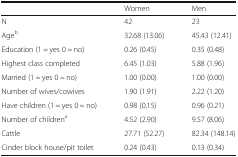
<table><thead><tr><td></td><td><b>Women</b></td><td><b>Men</b></td></tr></thead><tbody><tr><td>N</td><td>42</td><td>23</td></tr><tr><td>Age<sup>b</sup></td><td>32.68 (13.06)</td><td>45.43 (12.41)</td></tr><tr><td>Education (1 = yes 0 = no)</td><td>0.26 (0.45)</td><td>0.35 (0.48)</td></tr><tr><td>Highest class completed</td><td>6.45 (1.03)</td><td>5.88 (1.96)</td></tr><tr><td>Married (1 = yes 0 = no)</td><td>1.00 (0.00)</td><td>1.00 (0.00)</td></tr><tr><td>Number of wives/cowives</td><td>1.90 (1.91)</td><td>2.22 (1.20)</td></tr><tr><td>Have children (1 = yes 0 = no)</td><td>0.98 (0.15)</td><td>0.96 (0.21)</td></tr><tr><td>Number of children<sup>a</sup></td><td>4.52 (2.90)</td><td>9.57 (8.06)</td></tr><tr><td>Cattle</td><td>27.71 (52.27)</td><td>82.34 (148.14)</td></tr><tr><td>Cinder block house/pit toilet</td><td>0.24 (0.43)</td><td>0.13 (0.34)</td></tr></tbody></table>